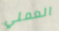
العملي